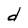
Character: d